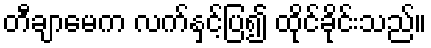
တီချာမေက လက်နှင့်ပြ၍ ထိုင်ခိုင်းသည်။